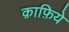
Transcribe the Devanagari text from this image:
क़ाफ़िये